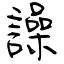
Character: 譟